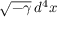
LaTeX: { \sqrt { - \gamma } } \, d ^ { 4 } x